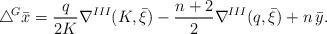
LaTeX: \begin{align*}\triangle \!^{G}\bar{x}=\frac{q}{2K}\nabla^{III}(K,\bar{\xi})-\frac{n+2}{2}\nabla^{III}(q,\bar{\xi})+n\, \bar{y}. \end{align*}